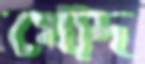
খোদ